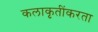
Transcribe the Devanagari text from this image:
कलाकृतींकरता